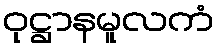
ဝုဋ္ဌာနမူလကံ